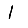
Digit: 1